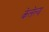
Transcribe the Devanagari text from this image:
केलेल्य